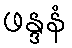
ဖန္ဒနံ